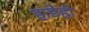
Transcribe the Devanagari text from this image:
हाडेही